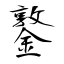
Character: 鐜